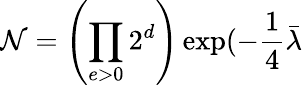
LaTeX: \mathcal{N}=\left(\prod_{e>0}2^{d}\right)\exp(-\frac{1}{4}\bar{\lambda}